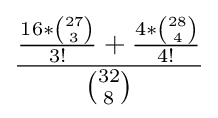
{\frac {{\frac {16*{\binom {27}{3}}}{3!}}+{\frac {4*{\binom {28}{4}}}{4!}}}{\binom {32}{8}}}